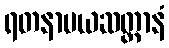
ရတနာမယဆတ္တာနံ